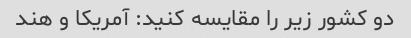
دو کشور زیر را مقایسه کنید: آمریکا و هند